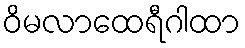
ဝိမလာထေရီဂါထာ